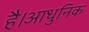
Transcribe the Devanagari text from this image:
है।आधुनिक